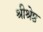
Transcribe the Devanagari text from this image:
श्रीश्रेष्ठ